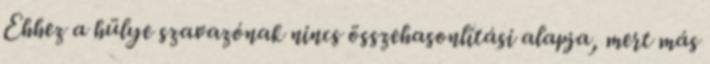
Ehhez a hülye szavazónak nincs összehasonlítási alapja, mert más